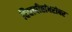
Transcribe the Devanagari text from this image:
विद्यापीठांबरोबर